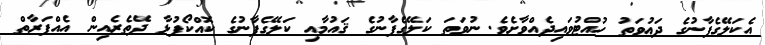
އެކަލޭގެފާނުގެ ދަޢުވަތު ހުއްޓުވައިދެއްވާށެވެ. ނުވަތަ ކަލޭގެފާނުގެ ޤައުމާއި ކަލޭގެފާނުގެ ކޮއްކޯފުޅާ ދޭތެރެއިން އެއްފަރާތް